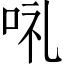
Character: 𠲥